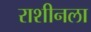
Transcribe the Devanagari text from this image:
राशीनला